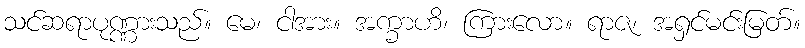
သင်ဆရာပုဏ္ဏားသည်။ မေ၊ ငါအား။ အက္ခာဟိ၊ ကြားလော။ ရာဇ၊ အရှင်မင်းမြတ်။